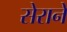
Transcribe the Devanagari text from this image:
सेराने